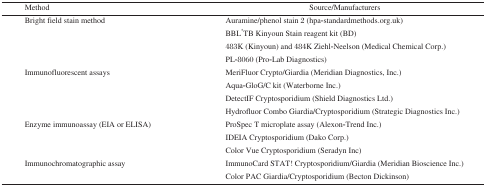
<table><thead><tr><td><b>Method</b></td><td><b>Source/Manufacturers</b></td></tr></thead><tbody><tr><td rowspan="4">Bright field stain method</td><td>Auramine/phenol stain 2 (hpa-standardmethods.org.uk)</td></tr><tr><td>BBL*TB Kinyoun Stain reagent kit (BD)</td></tr><tr><td>483K (Kinyoun) and 484K Ziehl-Neelson (Medical Chemical Corp.)</td></tr><tr><td>PL-8060 (Pro-Lab Diagnostics)</td></tr><tr><td rowspan="4">Immunofluorescent assays</td><td>MeriFluor Crypto/Giardia (Meridian Diagnostics, Inc.)</td></tr><tr><td>Aqua-GloG/C kit (Waterborne Inc.)</td></tr><tr><td>DetectIF Cryptosporidium (Shield Diagnostics Ltd.)</td></tr><tr><td>Hydrofluor Combo Giardia/Cryptosporidium (Strategic Diagnostics Inc.)</td></tr><tr><td rowspan="3">Enzyme immunoassay (EIA or ELISA)</td><td>ProSpec T microplate assay (Alexon-Trend Inc.)</td></tr><tr><td>IDEIA Cryptosporidium (Dako Corp.)</td></tr><tr><td>Color Vue Cryptosporidium (Seradyn Inc)</td></tr><tr><td rowspan="2">Immunochromatographic assay</td><td>ImmunoCard STAT! Cryptosporidium/Giardia (Meridian Bioscience Inc.)</td></tr><tr><td>Color PAC Giardia/Cryptosporidium (Becton Dickinson)</td></tr></tbody></table>